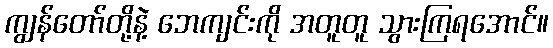
ကျွန်တော်တို့နဲ့ ဘေကျင်းကို အတူတူ သွားကြရအောင်။